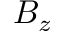
B _ { z }